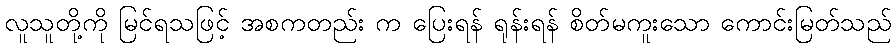
လူသူတို့ကို မြင်ရသဖြင့် အစကတည်း က ပြေးရန် ရုန်းရန် စိတ်မကူးသော ကောင်းမြတ်သည်